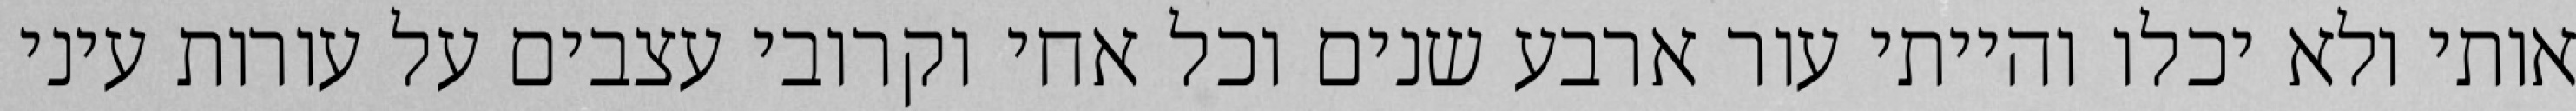
אותי ולא יכלו והייתי עור ארבע שנים וכל אחי וקרובי עצבים על עורות עיני